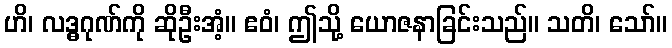
ဟိ၊ လဒ္ဓဂုဏ်ကို ဆိုဦးအံ့။ ဧဝံ၊ ဤသို့ ယောဇနာခြင်းသည်။ သတိ၊ သော်။